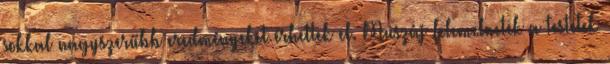
sokkal nagyszerűbb eredményeket érhettek el. Muszáj felemelnetek a testetek